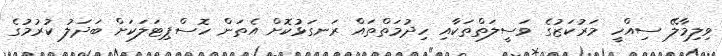
ވިލިމާލޭ ސިއްހީ މަރުކަޒުގެ ވަސީލަތްތަކާއި ހިދުމަތްތައް ރަނގަޅުކޮށް އެތަން ހޮސްޕިޓަލަކަށް ބަދަލު ކުރުމުގެ